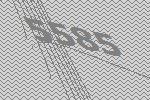
5585